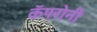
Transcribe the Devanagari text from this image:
कॅपरोनी